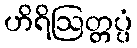
ဟိရိဩတ္တပ္ပံ